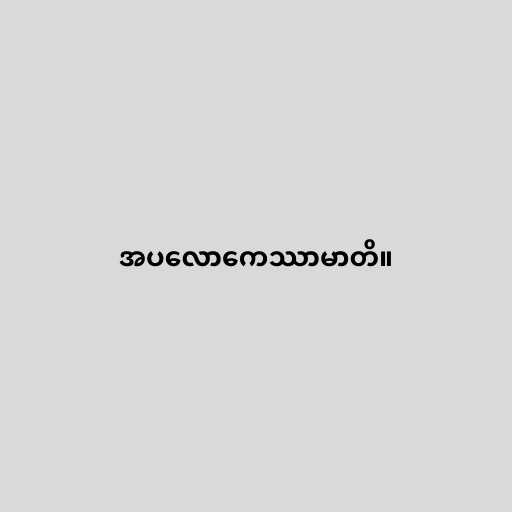
အပလောကေဿာမာတိ။